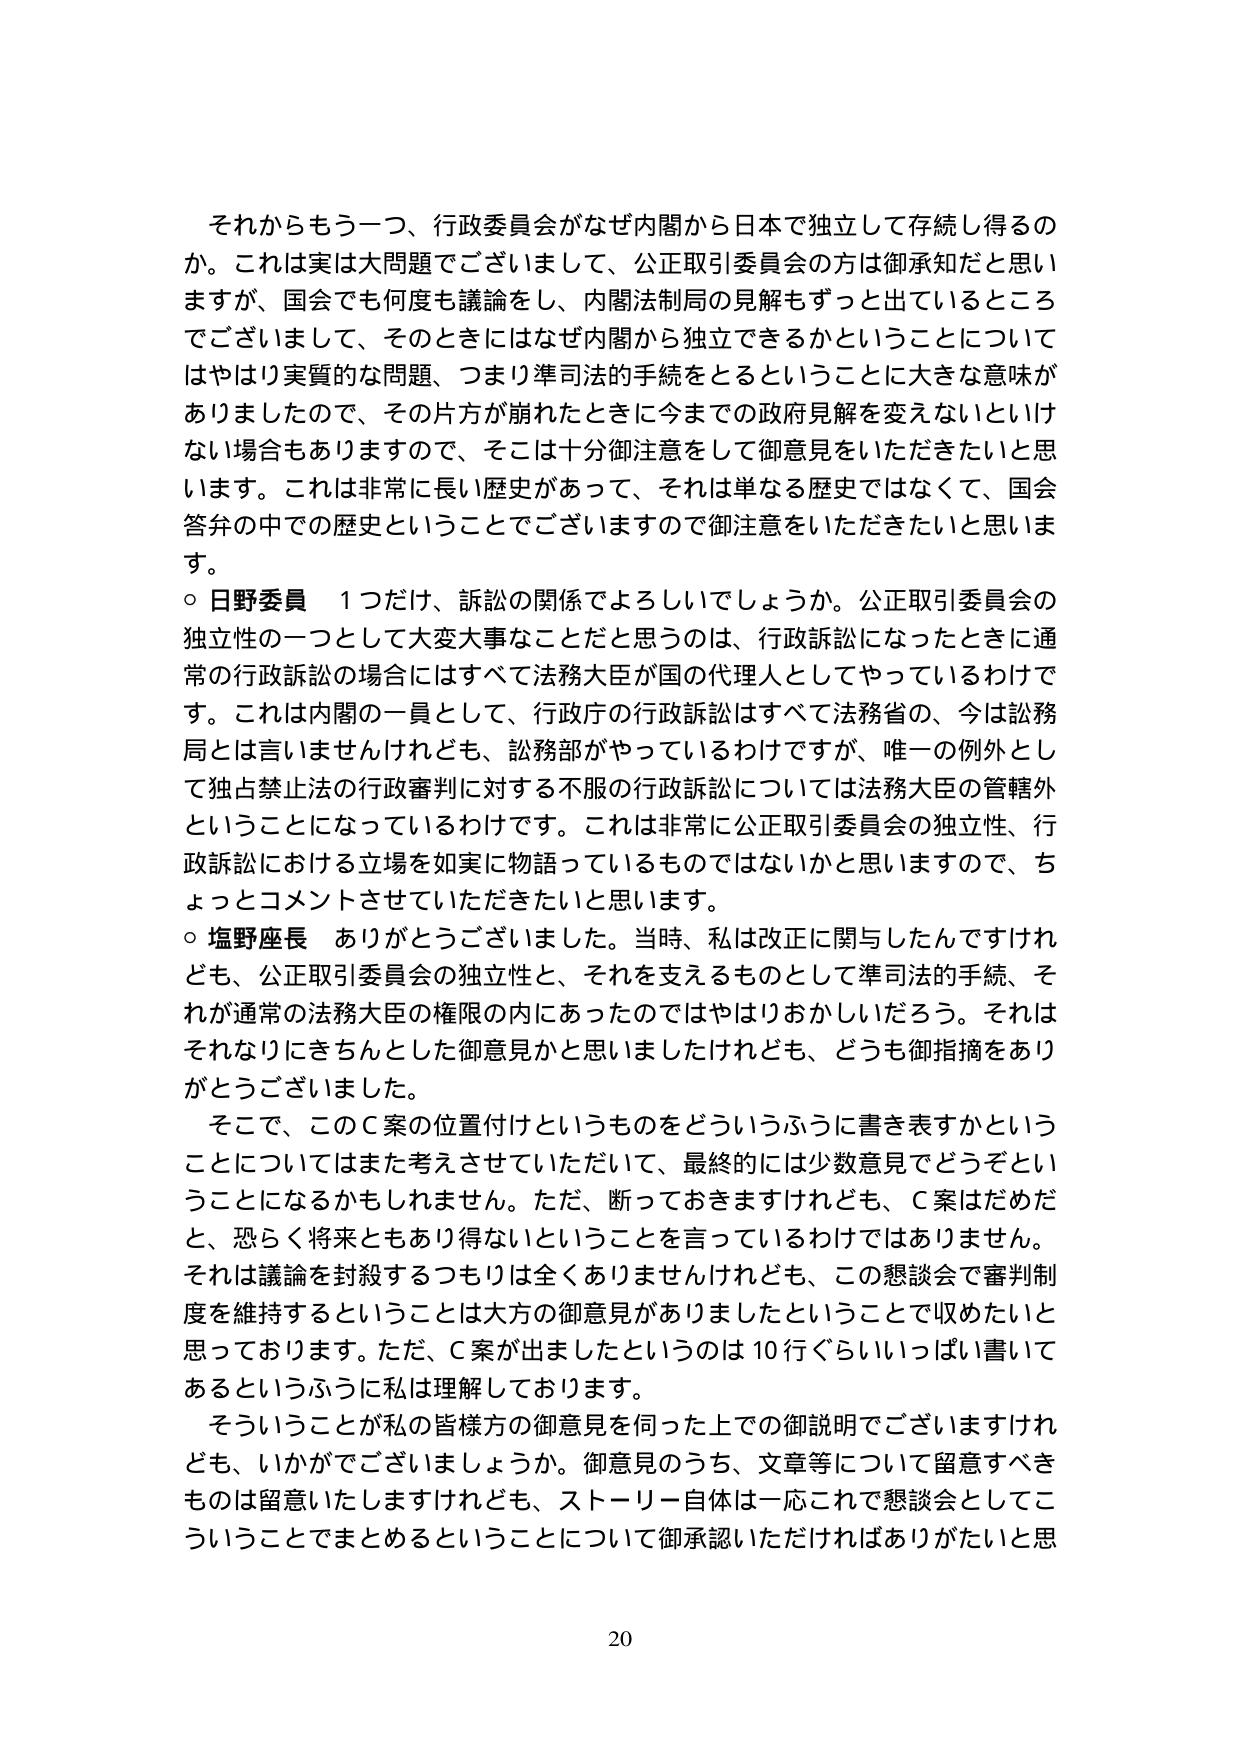
それからもう一つ、行政委員会がなぜ内閣から日本で独立して存続し得るのか。これは実は大問題でございまして、公正取引委員会の方は御承知だと思いますが、国会でも何度も議論をし、内閣法制局の見解もずっと出ているところでございまして、そのときにはなぜ内閣から独立できるかということについてはやはり実質的な問題、つまり準司法的手续をとるということに大きな意味がありましたので、その片方が崩れたときに今までの政府見解を変えないといけない場合もありますので、そこは十分御注意をして御意見をいただきたいと思います。これは非常に長い歴史があって、それは単なる歴史ではなくて、国会答弁の中での歴史ということでございますので御注意をいただきたいと思います。

○ 日野委員　1つだけ、訴訟の関係でよろしいでしょうか。公正取引委員会の独立性の一つとして大変大事なことだと思うのは、行政訴訟になったときに通常の行政訴訟の場合にはすべて法務大臣が国の代理人としてやっているわけです。これは内閣の一員として、行政庁の行政訴訟はすべて法務省の、今は訟務局とは言いませんけれども、訟務部がやっているわけですが、唯一の例外として独占禁止法の行政審判に対する不服の行政訴訟については法務大臣の管轄外ということになっているわけです。これは非常に公正取引委員会の独立性、行政訴訟における立場を如実に物語っているものではないかと思いますので、ちょっとコメントさせていただきたいと思います。

○ 塩野座長　ありがとうございました。当時、私は改正に関与したんですけれども、公正取引委員会の独立性と、それを支えるものとして準司法的手续、それが通常の法務大臣の権限の内にあったのではやはりおかしいだろう。それはそれなりにきちんとした御意見かと思いましたけれども、どうも御指摘をありがとうございました。

そこで、このＣ案の位置付けというものをどういうふうに書き表すかということについてはまた考えさせていただいて、最終的には少数意見でどうぞということになるかもしれません。ただ、断っておきますけれども、Ｃ案はだめだと、恐らく将来ともあり得ないということを言っているわけではありません。それは議論を封殺するつもりは全くありませんけれども、この懇談会で審判制度を維持するということは大方の御意見がありましたということで収めたいと思っております。ただ、Ｃ案が出ましたというのは10行ぐらいいっぱい書いてあるというふうに私は理解しております。

そういうことが私の皆様方の御意見を伺った上での御説明でございますけれども、いかがでございましょうか。御意見のうち、文章等について留意すべきものは留意いたしますけれども、ストーリー自体は一応これで懇談会としてこういうことでまとめるということについて御承認いただければありがたいと思います

20